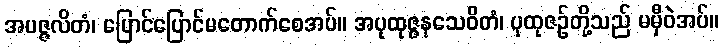
အပဇ္ဇလိတံ၊ ပြောင်ပြောင်မတောက်စေအပ်။ အပုထုဇ္ဇနသေဝိတံ၊ ပုထုဇဉ်တို့သည် မမှီဝဲအပ်။